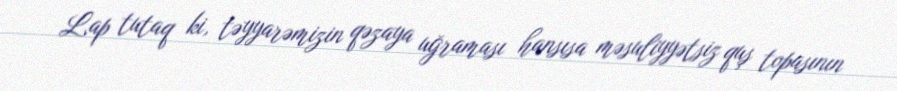
Lap tutaq ki, təyyarəmizin qəzaya uğraması hansısa məsuliyyətsiz quş topasının